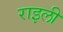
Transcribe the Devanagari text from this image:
राइली